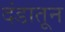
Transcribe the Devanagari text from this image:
दंडातून